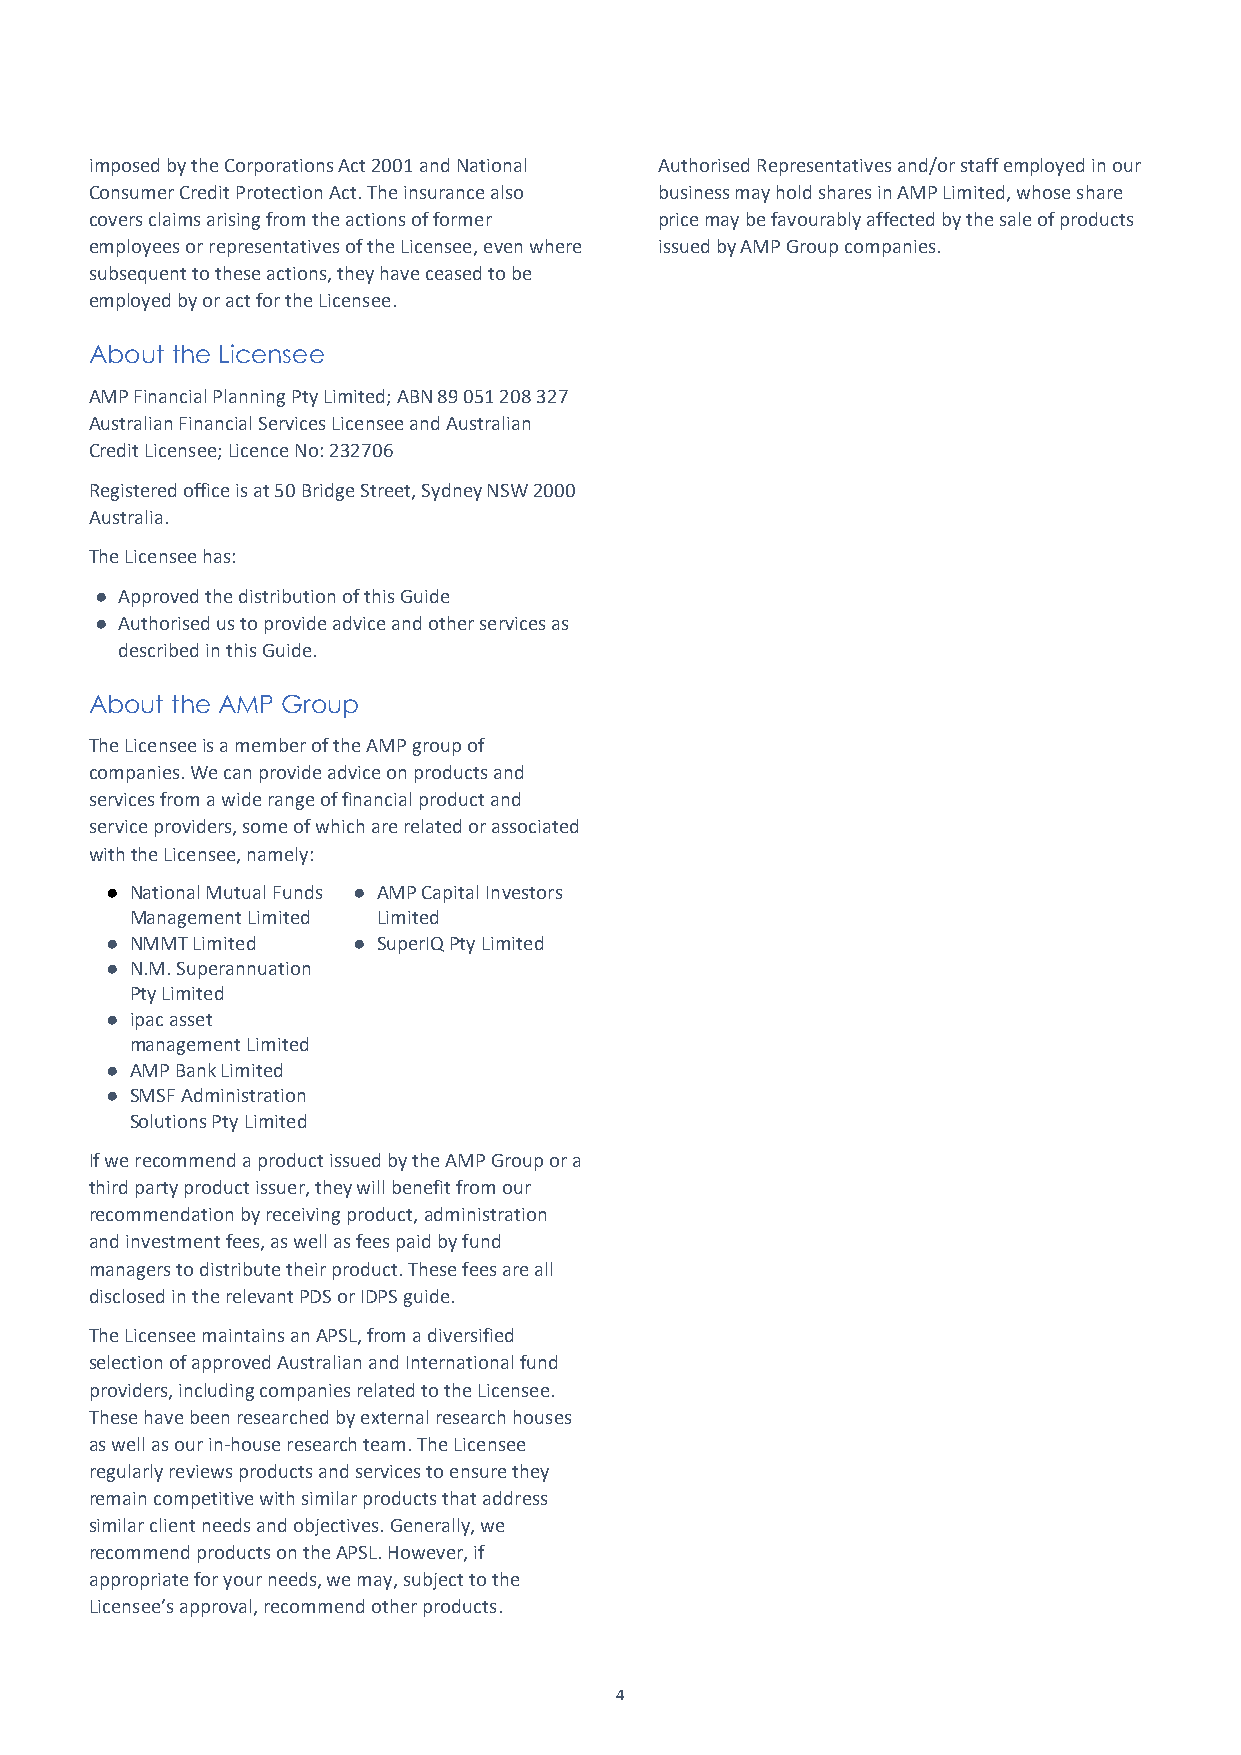
imposed by the Corporations Act 2001 and National Authorised Representatives and/or staff employed in our
 Consumer Credit Protection Act. The insurance also business may hold shares in AMP Limited, whose share
 covers claims arising from the actions of former price may be favourably affected by the sale of products
 employees or representatives of the Licensee, even where issued by AMP Group companies.
 subsequent to these actions, they have ceased to be
 employed by or act for the Licensee.
 About the Licensee
 AMP Financial Planning Pty Limited; ABN 89 051 208 327
 Australian Financial Services Licensee and Australian
 Credit Licensee; Licence No: 232706
 Registered office is at 50 Bridge Street, Sydney NSW 2000
 Australia.
 The Licensee has:
 ● Approved the distribution of this Guide
 ● Authorised us to provide advice and other services as
 described in this Guide.
 About the AMP Group
 The Licensee is a member of the AMP group of
 companies. We can provide advice on products and
 services from a wide range of financial product and
 service providers, some of which are related or associated
 with the Licensee, namely:
 ● National Mutual Funds ● AMP Capital Investors
 Management Limited Limited
 ● NMMT Limited  ● SuperIQ Pty Limited
 ● N.M. Superannuation
 Pty Limited
 ● ipac asset
 management Limited
 ● AMP Bank Limited
 ● SMSF Administration
 Solutions Pty Limited
 If we recommend a product issued by the AMP Group or a
 third party product issuer, they will benefit from our
 recommendation by receiving product, administration
 and investment fees, as well as fees paid by fund
 managers to distribute their product. These fees are all
 disclosed in the relevant PDS or IDPS guide.
 The Licensee maintains an APSL, from a diversified
 selection of approved Australian and International fund
 providers, including companies related to the Licensee.
 These have been researched by external research houses
 as well as our in-house research team. The Licensee
 regularly reviews products and services to ensure they
 remain competitive with similar products that address
 similar client needs and objectives. Generally, we
 recommend products on the APSL. However, if
 appropriate for your needs, we may, subject to the
 Licensee’s approval, recommend other products.
 4